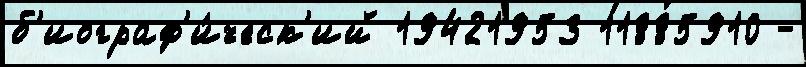
б'иограф'и́ческ'ий 19421953 11885910 -